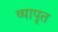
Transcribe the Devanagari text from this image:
व्यापृत